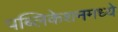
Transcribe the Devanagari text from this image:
पब्लिकेशनमध्ये